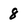
Character: 8